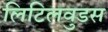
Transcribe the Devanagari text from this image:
लिटिलवुडस